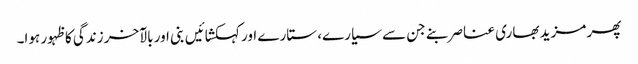
پھر مزید بھاری عناصر بنے جن سے سیارے، ستارے اور کہکشائیں بنی اور بالآخر زندگی کا ظہور ہوا۔